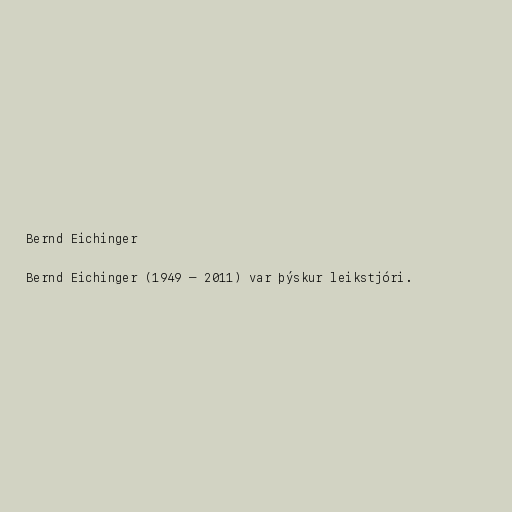
Bernd Eichinger

Bernd Eichinger (1949 – 2011) var þýskur leikstjóri.